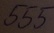
Text: 555